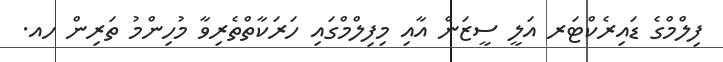
ފިލްމްގެ ޑައިރެކްޓަރ އަލީ ސީޒަން އާއި މިފިލްމްގައި ހަރަކާތްތެރިވާ މުހިންމު ތަރިން ހއ.